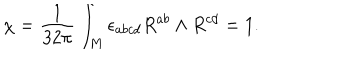
LaTeX: \chi = \frac { 1 } { 3 2 \pi } \int _ { M } \epsilon _ { a b c d } R ^ { a b } \land R ^ { c d } = 1 .